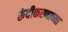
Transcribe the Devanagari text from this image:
रुंदीकरणाच्या